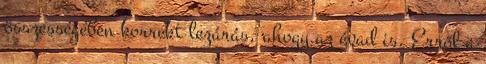
összességében korrekt lezárás, ahogy az évad is. Erről a